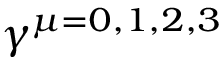
\gamma ^ { \mu = 0 , 1 , 2 , 3 }